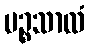
ပဉ္စသာလံ